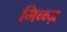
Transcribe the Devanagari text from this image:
गिब्ब्ज़